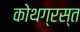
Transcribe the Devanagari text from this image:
कोथग्रस्त